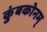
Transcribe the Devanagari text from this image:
कुंबकोनम्